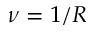
\nu = 1 / R